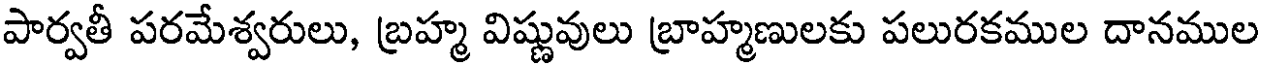
పార్వతీ పరమేశ్వరులు, బ్రహ్మ విష్ణువులు బ్రాహ్మణులకు పలురకముల దానముల